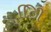
િિી